Scottish Certificate of Education, 1963
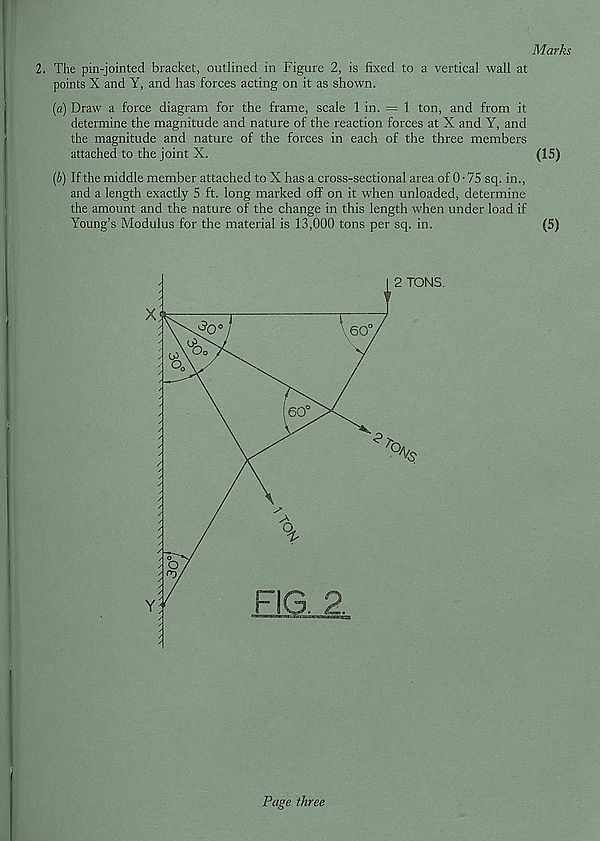
Marks
2. The pin-jointed bracket, outlined in Figure 2, is fixed to a vertical wall at
points X and Y, and has forces acting on it as shown.
(«) Draw a force diagram for the frame, scale 1 in. = 1 ton, and from it
determine the magnitude and nature of the reaction forces at X and Y, and
the magnitude and nature of the forces in each of the three members
attached to the joint X.
(15)
(6) If the middle member attached to X has a cross-sectional area of 0 ■ 75 sq. in.,
and a length exactly 5 ft. long marked off on it when unloaded, determine
the amount and the nature of the change in this length rvhen under load if
Young’s Modulus for the material is 13,000 tons per sq. in.
(5)
Page three